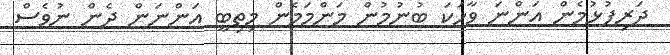
ދަރިފުޅުމެން އަންނަ ވާހަކަ ބުނުމުން މަންމަމެން މިތިބީ އަންނަން ދެން ނުވެސް